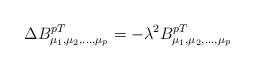
LaTeX: \begin{align*}\Delta B^{pT}_{\mu_1, \mu_2,...,\mu_p}=-\lambda^2 B^{pT}_{\mu_1,\mu_2,...,\mu_p}\end{align*}